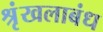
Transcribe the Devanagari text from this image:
श्रृंखलाबंध